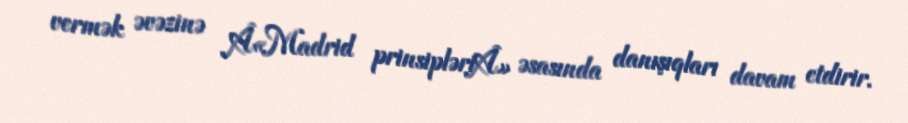
vermək əvəzinə Â«Madrid prinsipləriÂ» əsasında danışıqları davam etdirir.